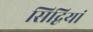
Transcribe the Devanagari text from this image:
सिद्वियां